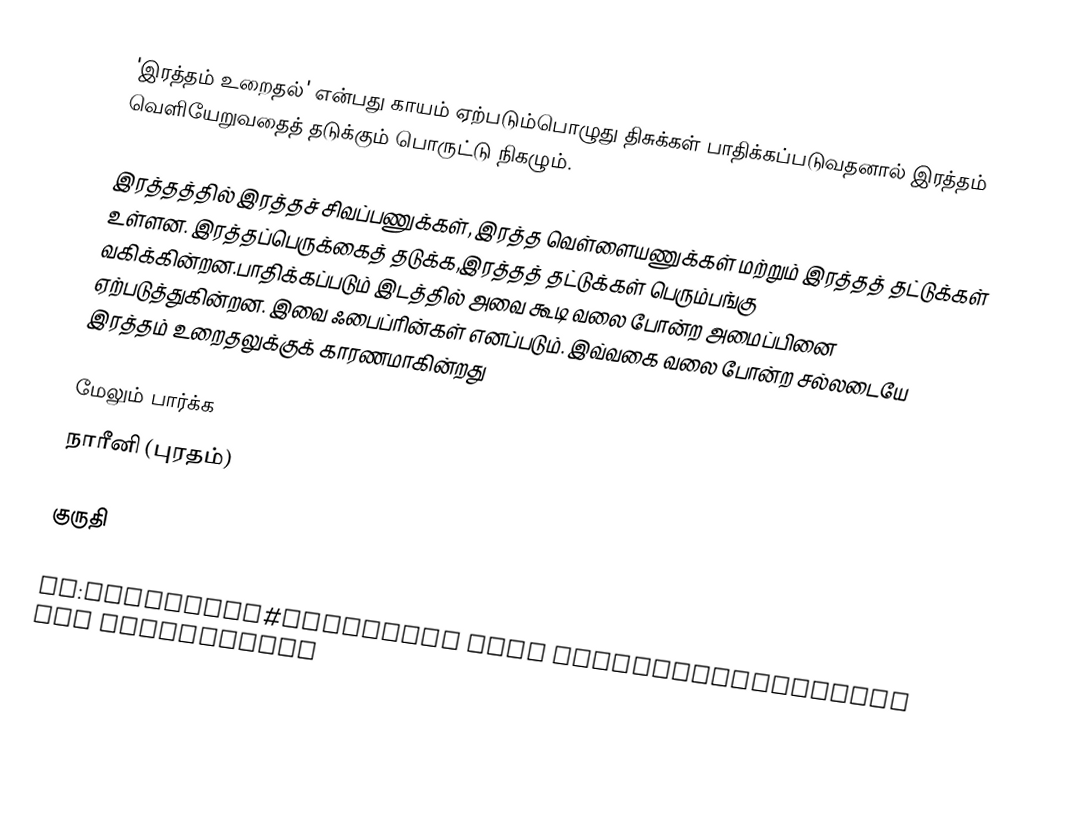
'இரத்தம் உறைதல்' என்பது காயம் ஏற்படும்பொழுது திசுக்கள் பாதிக்கப்படுவதனால் இரத்தம் வெளியேறுவதைத் தடுக்கும் பொருட்டு நிகழும்.

இரத்தத்தில் இரத்தச் சிவப்பணுக்கள், இரத்த வெள்ளையணுக்கள் மற்றும் இரத்தத் தட்டுக்கள் உள்ளன. இரத்தப்பெருக்கைத் தடுக்க,இரத்தத் தட்டுக்கள் பெரும்பங்கு வகிக்கின்றன.பாதிக்கப்படும் இடத்தில் அவை கூடி வலை போன்ற அமைப்பினை ஏற்படுத்துகின்றன. இவை ஃபைப்ரின்கள் எனப்படும். இவ்வகை வலை போன்ற சல்லடையே இரத்தம் உறைதலுக்குக் காரணமாகின்றது

மேலும் பார்க்க
 நாரீனி (புரதம்)

குருதி

de:Hämostase#Übersicht über Gerinnungsfaktoren und Inhibitoren